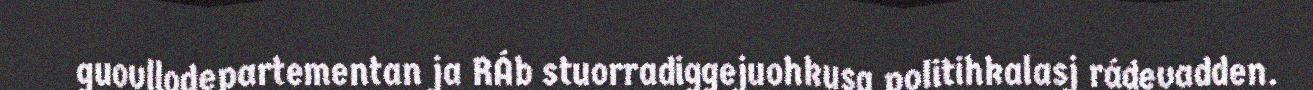
guovllodepartementan ja RÁb stuorradiggejuohkusa politihkalasj rádevadden.